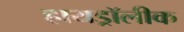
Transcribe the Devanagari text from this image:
हायड्रॉलीक